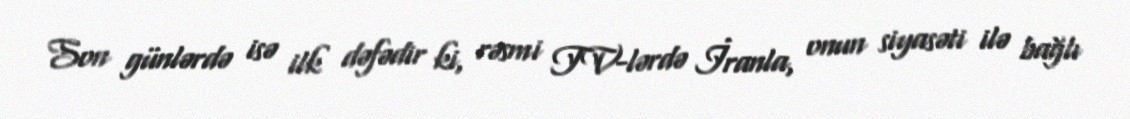
Son günlərdə isə ilk dəfədir ki, rəsmi TV-lərdə İranla, onun siyasəti ilə bağlı